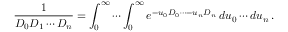
{ \frac { 1 } { D _ { 0 } D _ { 1 } \cdots D _ { n } } } = \int _ { 0 } ^ { \infty } \cdots \int _ { 0 } ^ { \infty } e ^ { - u _ { 0 } D _ { 0 } \cdots - u _ { n } D _ { n } } \, d u _ { 0 } \cdots d u _ { n } \, .